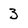
Character: 3